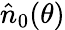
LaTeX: \hat{n}_{0}(\theta)